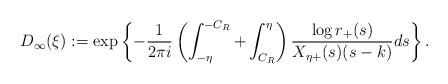
LaTeX: \begin{align*} D_{\infty}(\xi):=\exp\left\{-\frac{1}{2\pi i}\left(\int_{-\eta}^{-C_R}+\int_{C_R}^{\eta}\right)\frac{\log r_{+}(s)}{X_{\eta+}(s)(s-k)}ds\right\}. \end{align*}